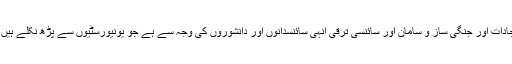
انسانوں کو تباہ و برباد کرنے والے اتنے سارے ہتھیار، اسلحے، ایجادات اور جنگی ساز و سامان اور سائنسی ترقی انہی سائنسدانوں اور دانشوروں کی وجہ سے ہے جو یونیورسٹیوں سے پڑھ نکلے ہیں، لیکن نفس کی آراستگی اور باطن کی طہارت کئے بغیر نکلے ہیں۔